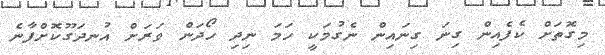
މިގޮތަށް ކެފެއިން ގިނަ ގިނައިން ނެގުމަކީ ހަމަ ނިދި ހޯދަން ވަރަށް އުނދަގޫކޮށްފާނެ